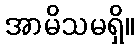
အာမိသမရှိ။